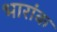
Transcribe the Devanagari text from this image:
भारांक